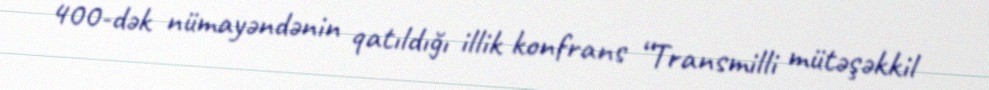
400-dək nümayəndənin qatıldığı illik konfrans “Transmilli mütəşəkkil